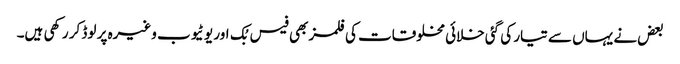
بعض نے یہاں سے تیار کی گئی خلائی مخلوقات کی فلمز بھی فیس بُک اور یو ٹیوب وغیرہ پر لوڈ کر رکھی ہیں۔